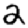
Digit: 2